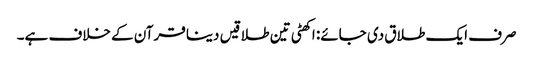
صرف ایک طلاق دی جائے: اکھٹی تین طلاقیں دینا قرآن کے خلاف ہے۔